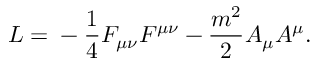
L = \mathrm { } - \frac { 1 } { 4 } F _ { \mu \nu } F ^ { \mu \nu } - \frac { m ^ { 2 } } { 2 } A _ { \mu } A ^ { \mu } .